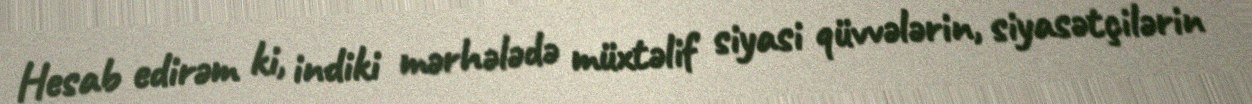
Hesab edirəm ki, indiki mərhələdə müxtəlif siyasi qüvvələrin, siyasətçilərin